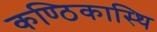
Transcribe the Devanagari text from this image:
कण्ठिकास्थि